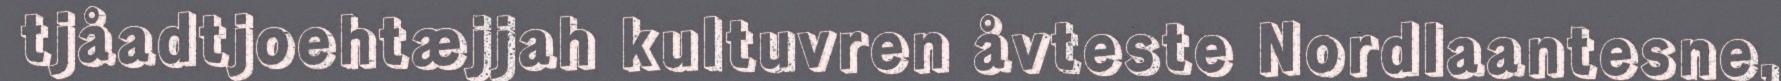
tjåadtjoehtæjjah kultuvren åvteste Nordlaantesne,